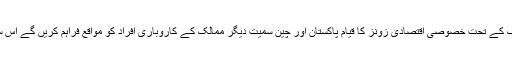
شاہد خاقان عباسی نے کہا کہ سی پیک کے تحت خصوصی اقتصادی زونز کا قیام پاکستان اور چین سمیت دیگر ممالک کے کاروباری افراد کو مواقع فراہم کریں گے اس سے قومی معیشت کو تقویت ملے گی۔